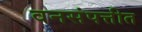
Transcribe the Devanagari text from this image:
वनसंपत्तीत